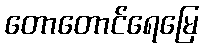
တောတောင်ရေမြေ